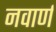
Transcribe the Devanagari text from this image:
नवार्ण